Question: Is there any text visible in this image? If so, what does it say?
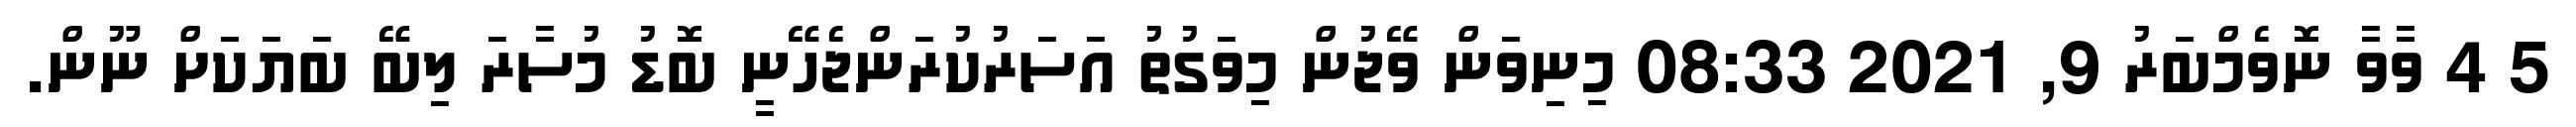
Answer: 5 4 ވާވާ ނޮވެމްބަރު 9, 2021 08:33 މިނިވަން ވޭޖުން މިވަގުތު އަސަރުކުރަންޖެހޭނީ ބޮޑު މުސާރަ ލިބޭ ބަޔަކަށް ނޫން.